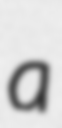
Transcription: a